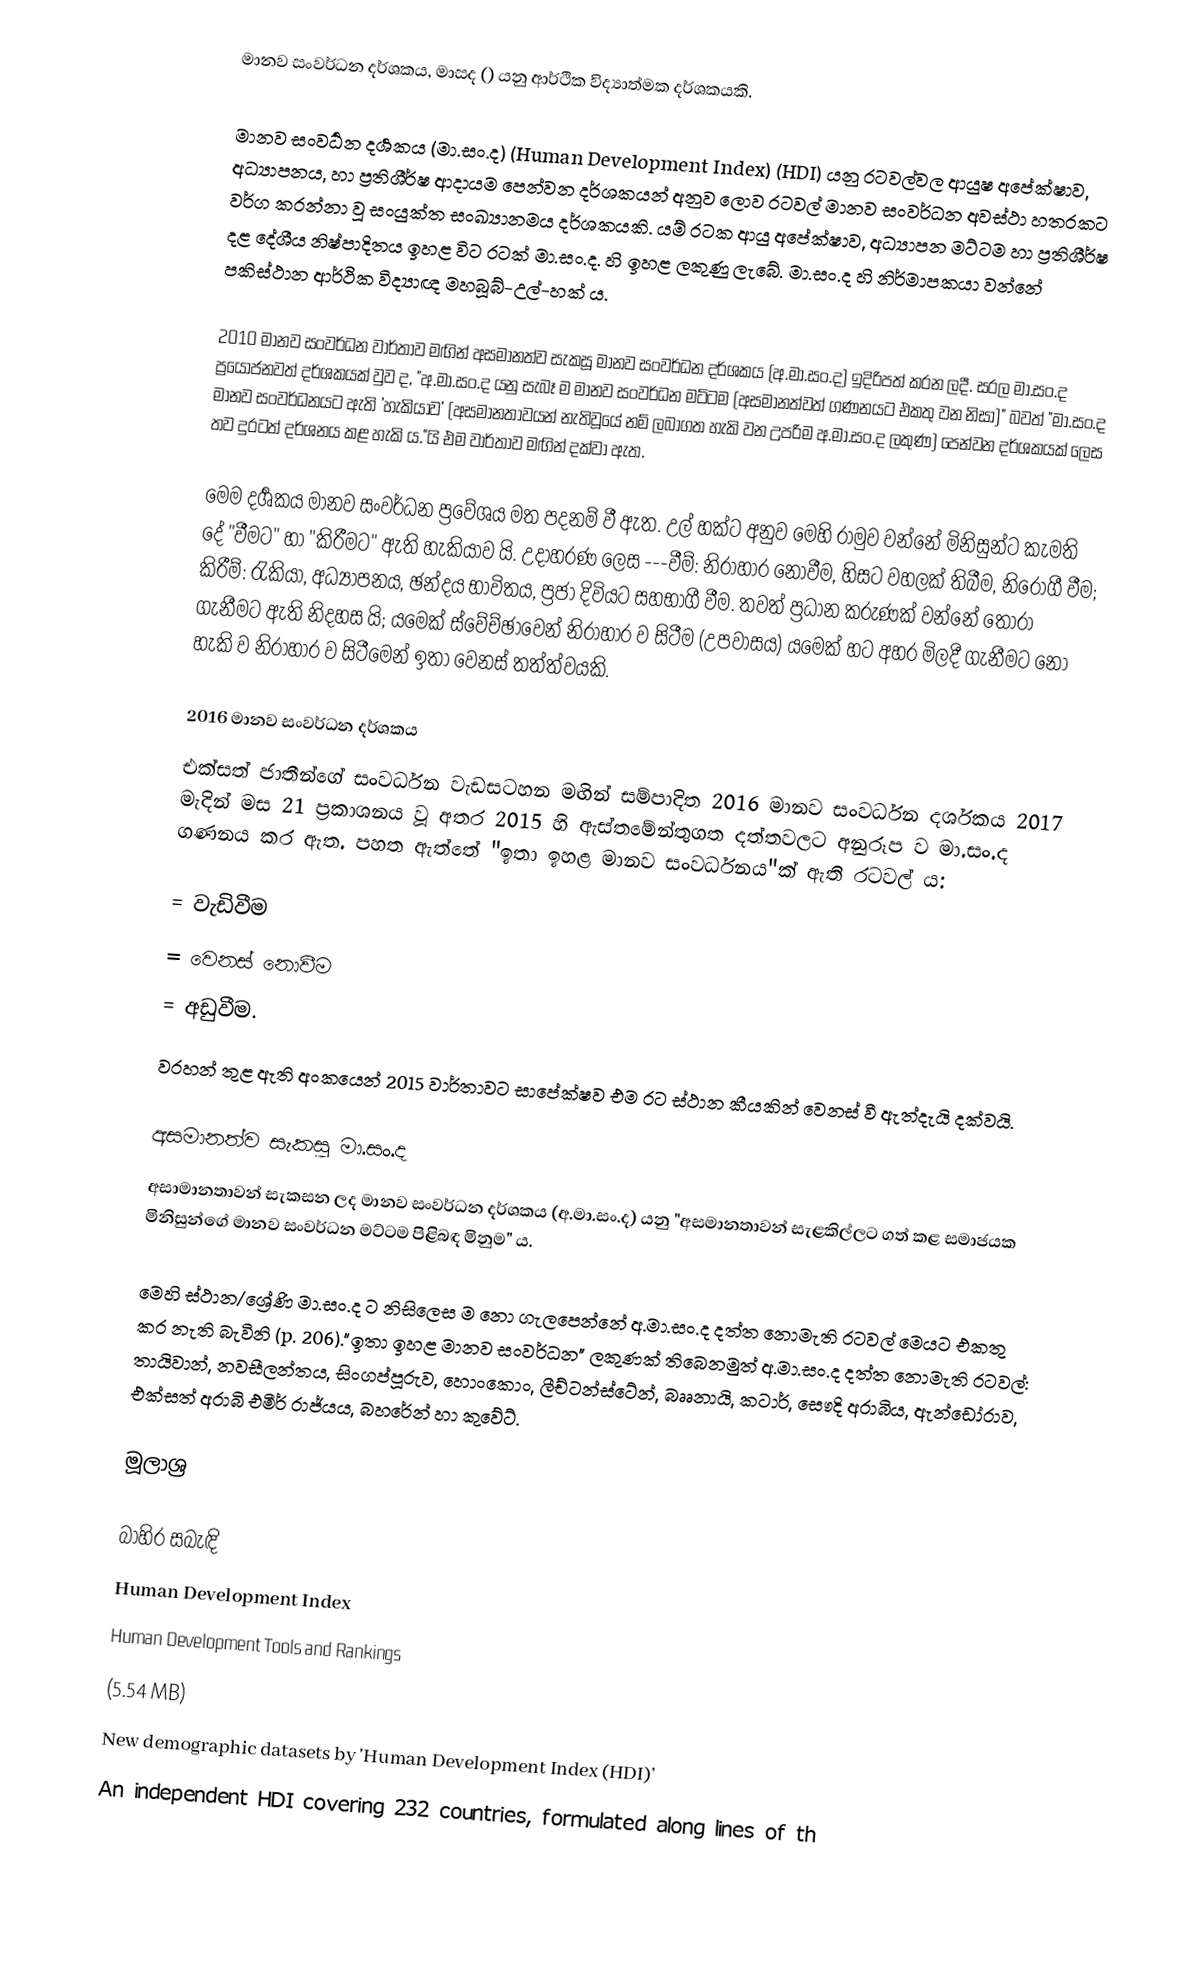
මානව සංවර්ධන දර්ශකය, මාසද () යනු ආර්ථික විද්‍යාත්මක දර්ශකයකි.

මානව සංවර්‍ධන දර්‍ශකය (මා.සං.ද) (Human Development Index) (HDI) යනු රටවල්වල ආයුෂ අපේක්ෂාව, අධ්‍යාපනය, හා ප්‍රතිශීර්ෂ ආදායම පෙන්වන දර්ශකයන් අනුව ලොව රටවල් මානව සංවර්ධන අවස්ථා හතරකට වර්ග කරන්නා වූ සංයුක්ත සංඛ්‍යානමය දර්ශකයකි. යම් රටක ආයු අපේක්ෂාව, අධ්‍යාපන මට්ටම හා ප්‍රතිශීර්ෂ දළ දේශීය නිෂ්පාදිතය ඉහළ විට රටක් මා.සං.ද. හි ඉහළ ලකුණු ලැබේ. මා.සං.ද හි නිර්මාපකයා වන්නේ පකිස්ථාන ආර්ථික විද්‍යාඥ මහබූබ්-උල්-හක් ය.

2010 මානව සංවර්ධන වාර්තාව මඟින් අසමානත්ව සැකසූ මානව සංවර්ධන දර්ශකය (අ.මා.සං.ද) ඉදිරිපත් කරන ලදී. සරල මා.සං.ද ප්‍රයෝජනවත් දර්ශකයක් වුව ද, "අ.මා.සං.ද යනු සැබෑ ම මානව සංවර්ධන මට්ටම (අසමානත්වත් ගණනයට එකතු වන නිසා)" බවත් "මා.සං.ද මානව සංවර්ධනයට ඇති 'හැකියාව' (අසමානතාවයන් නැතිවූයේ නම් ලබාගත හැකි වන උපරිම අ.මා.සං.ද ලකුණ) පෙන්වන දර්ශකයක් ලෙස තව දුරටත් දර්ශනය කළ හැකි ය."යි එම වාර්තාව මඟින් දක්වා ඇත.

මෙම දර්‍ශකය මානව සංවර්ධන ප්‍රවේශය මත පදනම් වී ඇත. උල් හක්ට අනුව මෙහි රාමුව වන්නේ මිනිසුන්ට කැමති දේ "වීමට" හා "කිරීමට" ඇති හැකියාව යි. උදාහරණ ලෙස ---වීම්: නිරාහාර නොවීම, හිසට වහලක් තිබීම, නිරෝගී වීම; කිරීම්: රැකියා, අධ්‍යාපනය, ඡන්දය භාවිතය, ප්‍රජා දිවියට සහභාගී වීම. තවත් ප්‍රධාන කරුණක් වන්නේ තෝරා ගැනීමට ඇති නිදහස යි; යමෙක් ස්වේච්ඡාවෙන් නිරාහාර ව සිටීම (උපවාසය) යමෙක් හට අහර මිලදී ගැනීමට නො හැකි ව නිරාහාර ව සිටීමෙන් ඉතා වෙනස් තත්ත්වයකි.

2016 මානව සංවර්ධන දර්ශකය
එක්සත් ජාතීන්ගේ සංවර්ධන වැඩසටහන මඟින් සම්පාදිත 2016 මානව සංවර්ධන දර්ශකය 2017 මැදින් මස 21 ප්‍රකාශනය වූ අතර 2015 හි ඇස්තමේන්තුගත දත්තවලට අනුරූප ව මා.සං.ද ගණනය කර ඇත. පහත ඇත්තේ "ඉතා ඉහළ මානව සංවර්ධනය"ක් ඇති රටවල් ය:

  = වැඩිවීම
  = වෙනස් නොවීම
  = අඩුවීම.
 වරහන් තුළ ඇති අංකයෙන් 2015 වාර්තාවට සාපේක්ෂව එම රට ස්ථාන කීයකින් වෙනස් වී ඇත්දැයි දක්වයි.

අසමානත්ව සැකසූ මා.සං.ද
අසාමානතාවන් සැකසන ලද මානව සංවර්ධන දර්ශකය (අ.මා.සං.ද) යනු "අසමානතාවන් සැළකිල්ලට ගත් කළ සමාජයක මිනිසුන්ගේ මානව සංවර්ධන මට්ටම පිළිබඳ මිනුම" ය.

මෙහි ස්ථාන/ශ්‍රේණි මා.සං.ද ට නිසිලෙස ම නො ගැලපෙන්නේ අ.මා.සං.ද දත්ත නොමැති රටවල් මෙයට එකතු කර නැති බැවිනි (p. 206)."ඉතා ඉහළ මානව සංවර්ධන" ලකුණක් තිබෙනමුත් අ.මා.සං.ද දත්ත නොමැති රටවල්: තායිවාන්, නවසීලන්තය, සිංගප්පූරුව, හොංකොං, ලීච්ටන්ස්ටේන්, බෲනායි, කටාර්, සෞදි අරාබිය, ඇන්ඩෝරාව, එක්සත් අරාබි එමීර් රාජ්යය, බහරේන් හා කුවේට්.

මූලාශ්‍ර

බාහිර සබැඳි
 Human Development Index
 Human Development Tools and Rankings
  (5.54 MB)
 New demographic datasets by 'Human Development Index (HDI)’
 An independent HDI covering 232 countries, formulated along lines of th